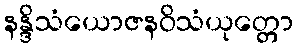
နန္ဒိသံယောဇနဝိသံယုတ္တော